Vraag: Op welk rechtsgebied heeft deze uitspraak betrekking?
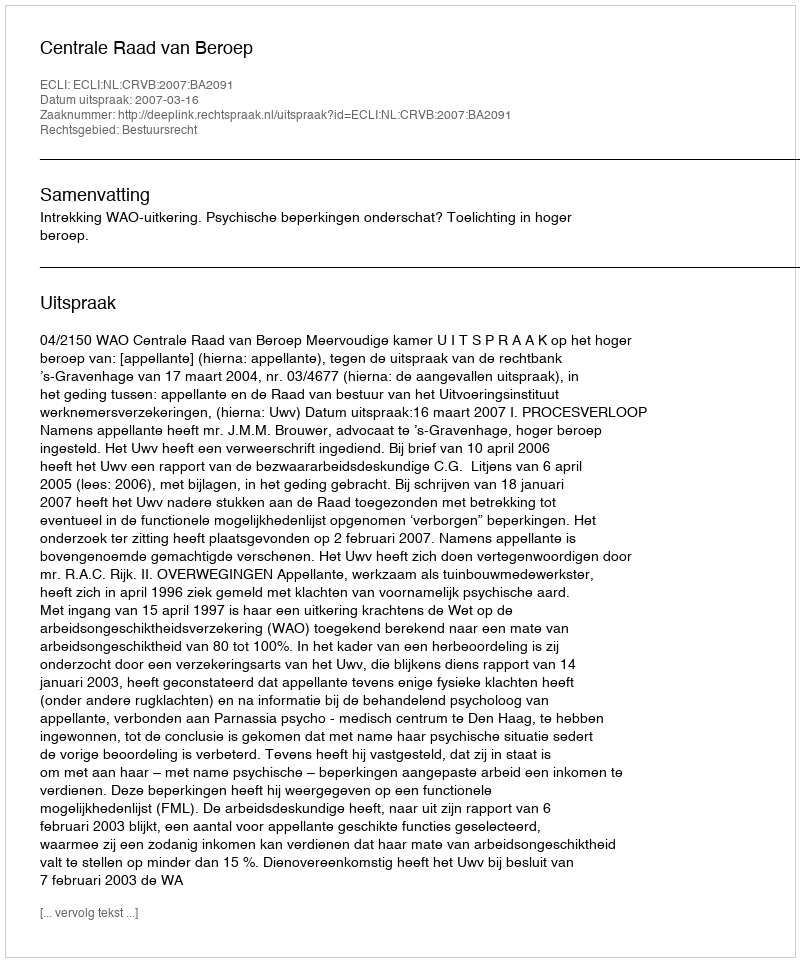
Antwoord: Bestuursrecht